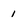
Character: 1